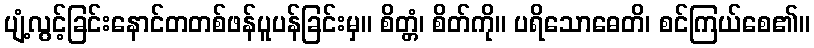
ပျံ့လွင့်ခြင်းနောင်တတစ်ဖန်ပူပန်ခြင်းမှ။ စိတ္တံ၊ စိတ်ကို။ ပရိသောဓေတိ၊ စင်ကြယ်စေ၏။